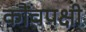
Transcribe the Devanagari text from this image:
कौंचपक्षी